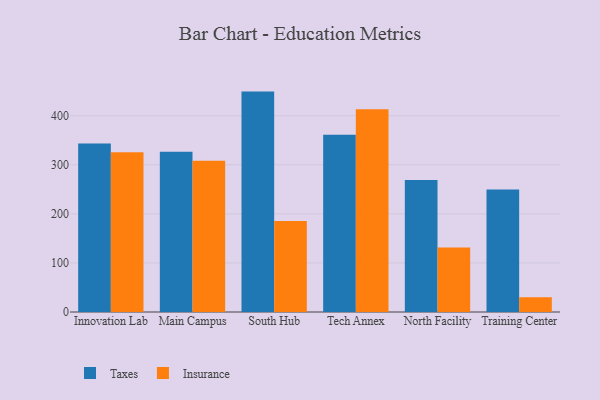
{"axis": {"x": "Campus", "y": "Headcount"}, "legend": ["Insurance", "Taxes"], "data": [{"x": "Innovation Lab", "y": 343.5, "type": "Taxes"}, {"x": "Innovation Lab", "y": 325.4, "type": "Insurance"}, {"x": "Main Campus", "y": 326.5, "type": "Taxes"}, {"x": "Main Campus", "y": 308.3, "type": "Insurance"}, {"x": "South Hub", "y": 449.2, "type": "Taxes"}, {"x": "South Hub", "y": 185.3, "type": "Insurance"}, {"x": "Tech Annex", "y": 361.2, "type": "Taxes"}, {"x": "Tech Annex", "y": 413.1, "type": "Insurance"}, {"x": "North Facility", "y": 269.0, "type": "Taxes"}, {"x": "North Facility", "y": 131.5, "type": "Insurance"}, {"x": "Training Center", "y": 249.6, "type": "Taxes"}, {"x": "Training Center", "y": 29.9, "type": "Insurance"}]}